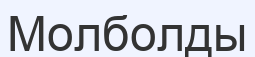
Молболды